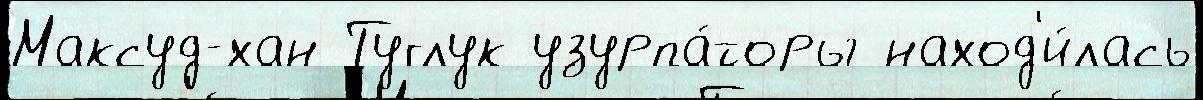
Максуд-хан Туглук узурпа́торы наход'и́лась